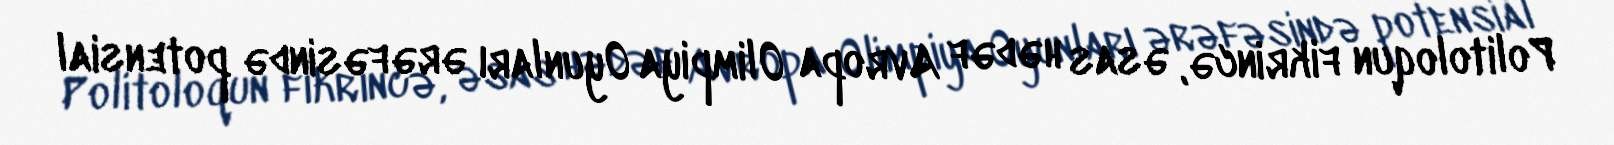
Politoloqun fikrincə, əsas hədəf Avropa Olimpiya Oyunları ərəfəsində potensial